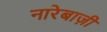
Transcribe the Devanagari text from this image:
नारेबाज़ी